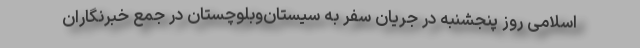
اسلامی روز پنجشنبه در جریان سفر به سیستان‌وبلوچستان در جمع خبرنگاران